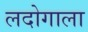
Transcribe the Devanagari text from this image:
लदोगाला